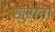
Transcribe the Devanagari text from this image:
खुरांना